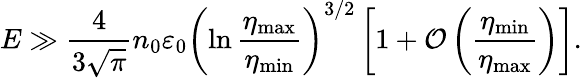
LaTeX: E\gg\frac{4}{3\sqrt{\pi}}n_{0}\varepsilon_{0}\left(\ln\frac{\eta_{\mathrm{max}}}{\eta_{\mathrm{min}}}\right)^{3/2}\left[1+\mathcal{O}\left(\frac{\eta_{\mathrm{min}}}{\eta_{\mathrm{max}}}\right)\right].